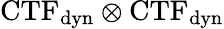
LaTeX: \textrm{CTF}_{\textrm{dyn}}\otimes\textrm{CTF}_{\textrm{dyn}}